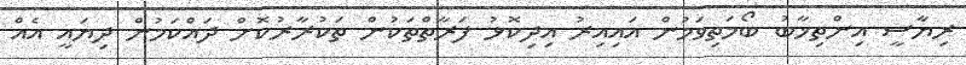
ރިޔާސީ އިންތިޚާބު ބޯމަތިވަމުން އައިއިރު އިދިކޮޅު ފަރާތްތަކުން ތަކުރާރުކޮށް ދައްކަމުން ދިޔައީ އެއް